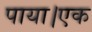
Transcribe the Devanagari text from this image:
पाया।एक